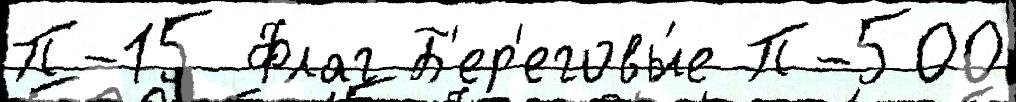
П-15 Флаг Б'ер'еговы́е П-500